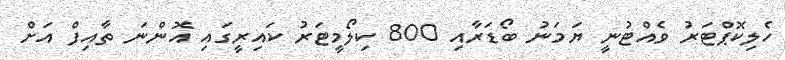
ހެލިކޮޕްޓަރު ވެއްޓުނީ ޔަމަނު ބޯޑަރާއި 800 ކިލޯމީޓަރު ކައިރީގައި އޮންނަ ތާއިފް އަށް